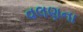
વલણના